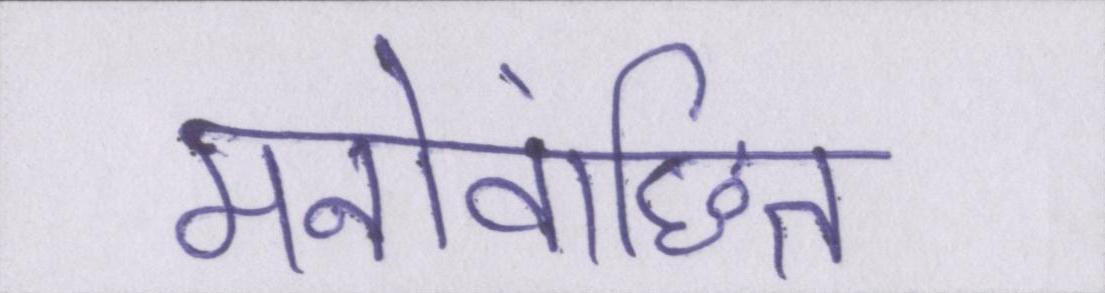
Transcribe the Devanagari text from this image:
मनोवांछित